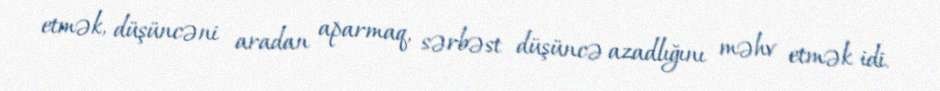
etmək, düşüncəni aradan aparmaq, sərbəst düşüncə azadlığını məhv etmək idi.